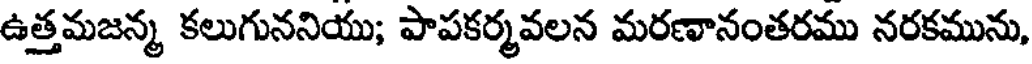
ఉత్తమజన్మ కలుగుననియు; పాపకర్మవలన మరణానంతరము నరకమును,